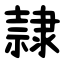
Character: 隷